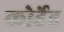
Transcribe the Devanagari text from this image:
कोर्डेड